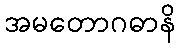
အမတောဂဓာနိ